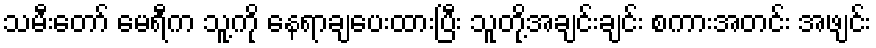
သမီးတော် မေရီက သူ့ကို နေရာချပေးထားပြီး သူတို့အချင်းချင်း စကားအတင်း အဖျင်း